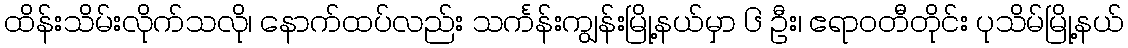
ထိန်းသိမ်းလိုက်သလို၊ နောက်ထပ်လည်း သင်္ကန်းကျွန်းမြို့နယ်မှာ ၆ ဦး၊ ဧရာဝတီတိုင်း ပုသိမ်မြို့နယ်